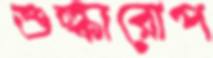
শুল্কারোপ